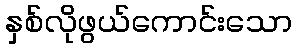
နှစ်လိုဖွယ်ကောင်းသော